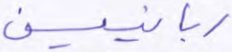
ربانيين